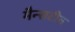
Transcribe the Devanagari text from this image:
मैन्सटीन